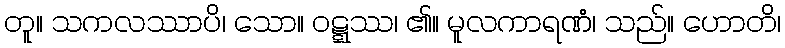
တူ။ သကလဿာပိ၊ သော။ ဝဋ္ဋဿ၊ ၏။ မူလကာရဏံ၊ သည်။ ဟောတိ၊